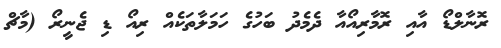
ރޮނާލްޑޯ އާއި ރޮމާރިއޯއާ ދެމެދު ބަހުގެ ހަމަލާތަކެއް ރިއޯ ޑި ޖެނީރޯ (މާޗް